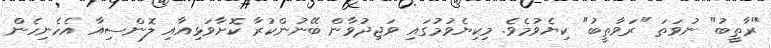
"ރާތީބު" ނުވަތަ "ރަވާތީބު" ކިޔެވުމެވެ. މިކިޔެވުމުގައި ވަޖިދުވާން ބޭނުންކުރާ ކޮށާވަޅިއާއި ލޮންސިއާ އެހެނިހެން